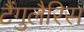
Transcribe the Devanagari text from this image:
टैंगुलैरिस